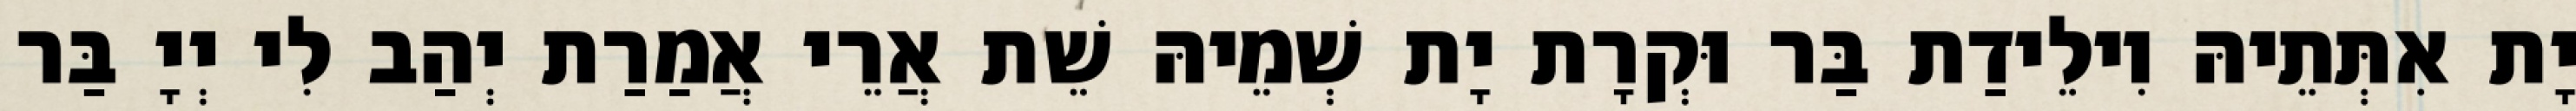
יָת אִתְּתֵיהּ וִילֵידַת בַּר וּקְרָת יָת שְׁמֵיהּ שֵׁת אֲרֵי אֲמַרַת יְהַב לִי יְיָ בַּר